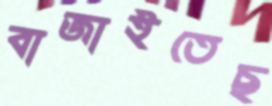
বাজাইতেছ